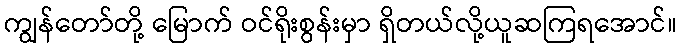
ကျွန်တော်တို့ မြောက် ဝင်ရိုးစွန်းမှာ ရှိတယ်လို့ယူဆကြရအောင်။